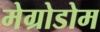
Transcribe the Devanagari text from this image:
मेग्रोडोम